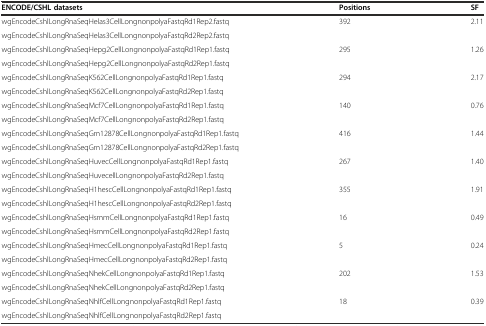
<table><thead><tr><td><b>ENCODE/CSHL datasets</b></td><td><b>Positions</b></td><td><b>SF</b></td></tr></thead><tbody><tr><td>wgEncodeCshlLongRnaSeqHelas3CellLongnonpolyaFastqRd1Rep2.fastq</td><td rowspan="2">392</td><td rowspan="2">2.11</td></tr><tr><td>wgEncodeCshlLongRnaSeqHelas3CellLongnonpolyaFastqRd2Rep2.fastq</td></tr><tr><td>wgEncodeCshlLongRnaSeqHepg2CellLongnonpolyaFastqRd1Rep1.fastq</td><td rowspan="2">295</td><td rowspan="2">1.26</td></tr><tr><td>wgEncodeCshlLongRnaSeqHepg2CellLongnonpolyaFastqRd2Rep1.fastq</td></tr><tr><td>wgEncodeCshlLongRnaSeqK562CellLongnonpolyaFastqRd1Rep1.fastq</td><td rowspan="2">294</td><td rowspan="2">2.17</td></tr><tr><td>wgEncodeCshlLongRnaSeqK562CellLongnonpolyaFastqRd2Rep1.fastq</td></tr><tr><td>wgEncodeCshlLongRnaSeqMcf7CellLongnonpolyaFastqRd1Rep1.fastq</td><td rowspan="2">140</td><td rowspan="2">0.76</td></tr><tr><td>wgEncodeCshlLongRnaSeqMcf7CellLongnonpolyaFastqRd2Rep1.fastq</td></tr><tr><td>wgEncodeCshlLongRnaSeqGm12878CellLongnonpolyaFastqRd1Rep1.fastq</td><td rowspan="2">416</td><td rowspan="2">1.44</td></tr><tr><td>wgEncodeCshlLongRnaSeqGm12878CellLongnonpolyaFastqRd2Rep1.fastq</td></tr><tr><td>wgEncodeCshlLongRnaSeqHuvecCellLongnonpolyaFastqRd1Rep1.fastq</td><td rowspan="2">267</td><td rowspan="2">1.40</td></tr><tr><td>wgEncodeCshlLongRnaSeqHuvecellLongnonpolyaFastqRd2Rep1.fastq</td></tr><tr><td>wgEncodeCshlLongRnaSeqH1hescCellLongnonpolyaFastqRd1Rep1.fastq</td><td rowspan="2">355</td><td rowspan="2">1.91</td></tr><tr><td>wgEncodeCshlLongRnaSeqH1hescCellLongnonpolyaFastqRd2Rep1.fastq</td></tr><tr><td>wgEncodeCshlLongRnaSeqHsmmCellLongnonpolyaFastqRd1Rep1.fastq</td><td rowspan="2">16</td><td rowspan="2">0.49</td></tr><tr><td>wgEncodeCshlLongRnaSeqHsmmCellLongnonpolyaFastqRd2Rep1.fastq</td></tr><tr><td>wgEncodeCshlLongRnaSeqHmecCellLongnonpolyaFastqRd1Rep1.fastq</td><td rowspan="2">5</td><td rowspan="2">0.24</td></tr><tr><td>wgEncodeCshlLongRnaSeqHmecCellLongnonpolyaFastqRd2Rep1.fastq</td></tr><tr><td>wgEncodeCshlLongRnaSeqNhekCellLongnonpolyaFastqRd1Rep1.fastq</td><td rowspan="2">202</td><td rowspan="2">1.53</td></tr><tr><td>wgEncodeCshlLongRnaSeqNhekCellLongnonpolyaFastqRd2Rep1.fastq</td></tr><tr><td>wgEncodeCshlLongRnaSeqNhlfCellLongnonpolyaFastqRd1Rep1.fastq</td><td rowspan="2">18</td><td rowspan="2">0.39</td></tr><tr><td>wgEncodeCshlLongRnaSeqNhlfCellLongnonpolyaFastqRd2Rep1.fastq</td></tr></tbody></table>